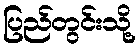
ပြည်တွင်းသို့